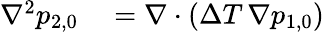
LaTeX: \begin{array}{rl}{\nabla^{2}p_{2,0}}&{{}=\nabla\cdot(\Delta T\, \nabla p_{1,0})}\end{array}